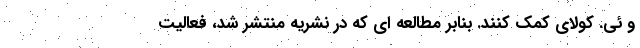
و ئی. کولای کمک کنند. بنابر مطالعه ای که در نشریه منتشر شد، فعالیت